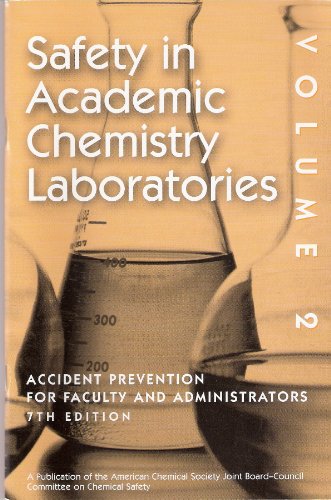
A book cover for Safety in Academic Chemistry Laboratories Volume 2; Science & Math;